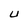
Character: U